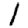
Digit: 1